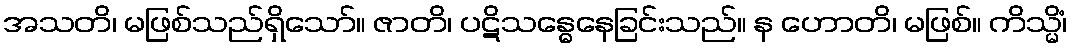
အသတိ၊ မဖြစ်သည်ရှိသော်။ ဇာတိ၊ ပဋိသန္ဓေနေခြင်းသည်။ န ဟောတိ၊ မဖြစ်။ ကိသ္မိံ၊